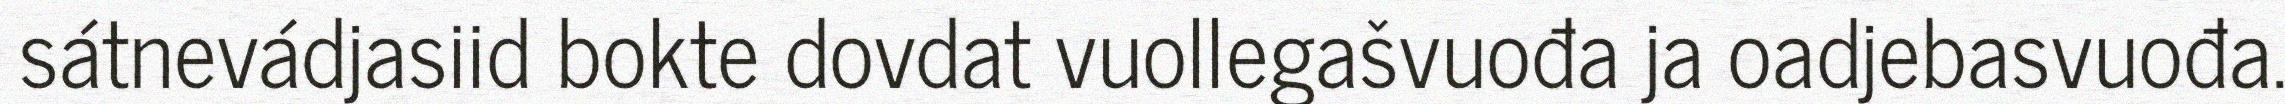
sátnevádjasiid bokte dovdat vuollegašvuođa ja oadjebasvuođa.